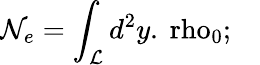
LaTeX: \mathcal{N}_{e}=\int_{\mathcal{L}}d^{2}y.\mathrm{\ rho}_{0}\mathrm{;\quad}